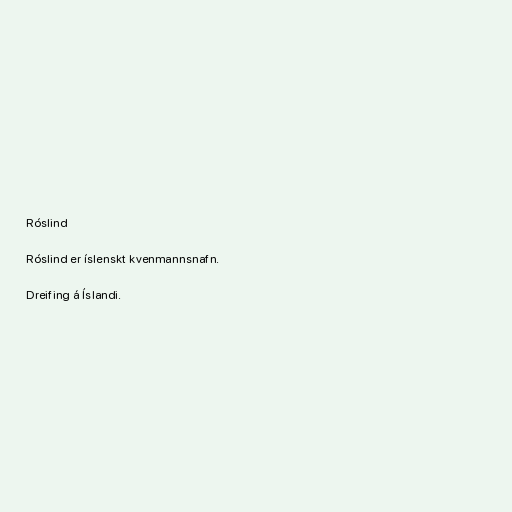
Róslind

Róslind er íslenskt kvenmannsnafn.

Dreifing á Íslandi.